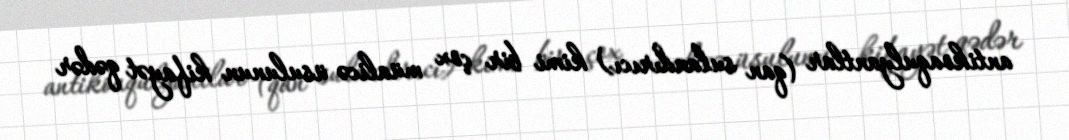
antikoaqulyantlar (qan sulandırıcı) kimi bir çox müalicə üsulunun kifayət qədər